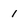
Character: I